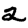
Digit: 2